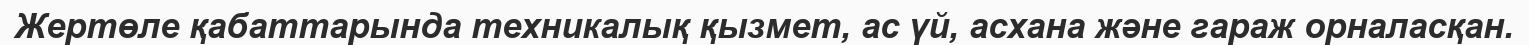
Жертөле қабаттарында техникалық қызмет, ас үй, асхана және гараж орналасқан.